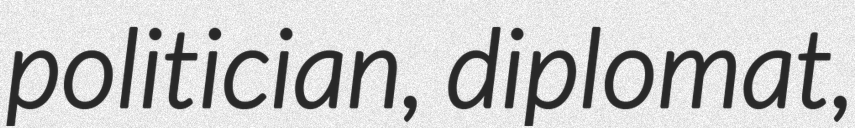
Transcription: politician, diplomat,